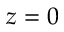
z = 0